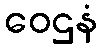
ဝေဌနံ